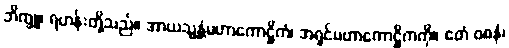
ဘိက္ခူ၊ ရဟန်းတို့သည်။ အာယသ္မန္တံမဟာကောဋ္ဌိကံ၊ အရှင်မဟာကောဋ္ဌိကကို။ ဧတံ ဝစနံ၊